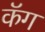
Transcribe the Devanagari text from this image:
कॅग